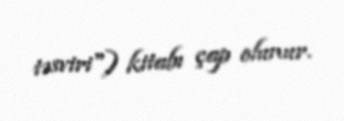
təsviri") kitabı çap olunur.